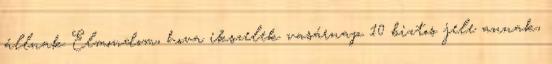
állnak Elmondom, hova ikszelek vasárnap 10 biztos jele annak,